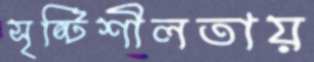
সৃষ্টিশীলতায়